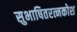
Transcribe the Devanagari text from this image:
सुभाषितरत्नकोश